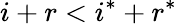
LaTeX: i+r<i^{*}+r^{*}